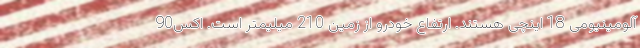
آلومینیومی 18 اینچی هستند. ارتفاع خودرو از زمین 210 میلیمتر است. اکس90